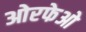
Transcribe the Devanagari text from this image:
ओरफेओ